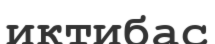
иктибас